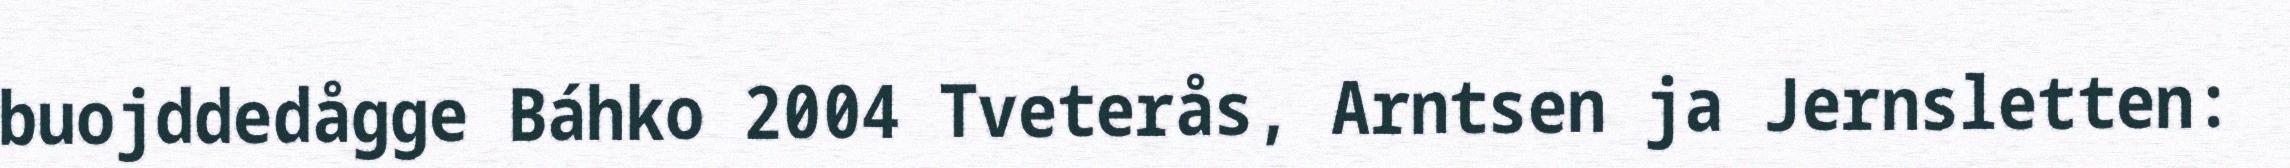
buojddedågge Báhko 2004 Tveterås, Arntsen ja Jernsletten: